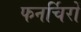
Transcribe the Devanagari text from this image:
फनर्चिरों